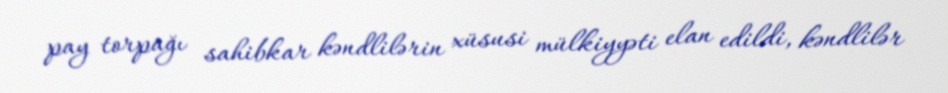
pay torpağı sahibkar kəndlilərin xüsusi mülkiyyəti elan edildi, kəndlilər